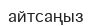
айтсаңыз